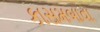
કાસમબાવા